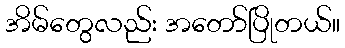
အိမ်တွေလည်း အတော်ပြိုတယ်။